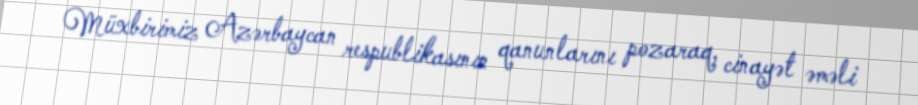
Müxbirimiz Azərbaycan respublikasının qanunlarını pozaraq, cinayət əməli